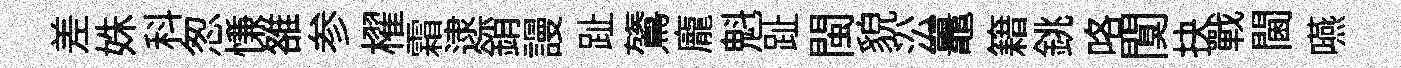
差姝科怱慊雒参櫂霜逮銷謾趾鷟龐魁趾閩貌㳂鼉籍銚咯闃抉戰閫嚥